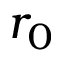
r _ { 0 }